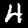
Digit: 4